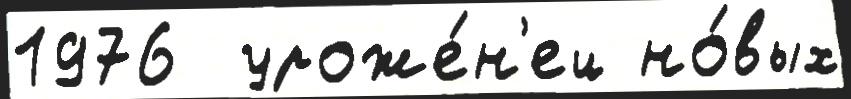
1976  уроже́н'ец но́вых